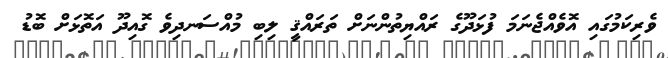
ވެރިކަމުގައި އޮވެއްޖެނަމަ ފުޅަދޫގެ ރައްޔިތުންނަށް ތަރައްޤީ ލިބި މުއްސަނދިވެ ގޮއިދޫ އަތޮޅަށް ބޮޑު